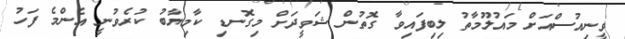
ވީނިއުސްއަށް މައުލޫމާތު ލިބިފައިވާ ގޮތުން ޝަވީދަށް މިގޮނޑި ކާމިޔާބު ކުރެވުނީ އެންމެ ފަހު